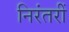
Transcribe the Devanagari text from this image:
निरंतरीं